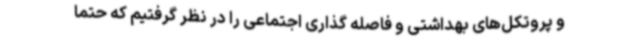
و پروتکل‌های بهداشتی و فاصله گذاری اجتماعی را در نظر گرفتیم که حتما